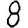
Digit: 8